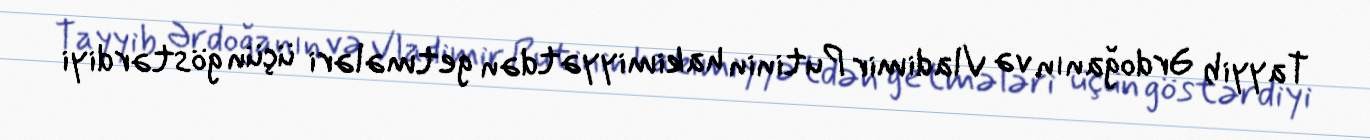
Tayyib Ərdoğanın və Vladimir Putinin hakimiyyətdən getmələri üçün göstərdiyi